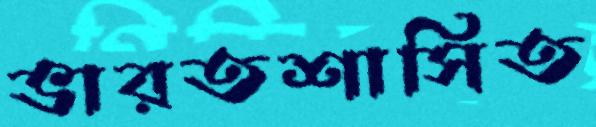
ভারতশাসিত